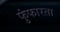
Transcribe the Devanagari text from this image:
फुंफारता